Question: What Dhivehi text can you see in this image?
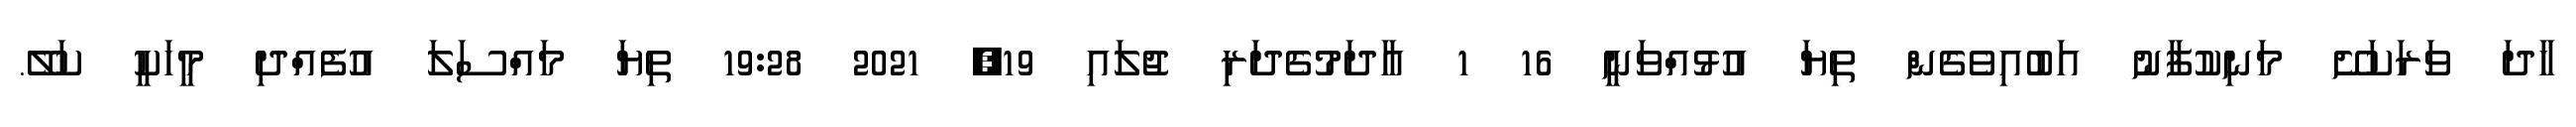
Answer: ހާދަ ވަރަކަށޭ މަނިކުފާނު އަބުއިވެގެން ތިޔަ އުޅުއްވަނީ 16 1 އާދަމުގެދަރި ޖުލައި 19, 2021 19:28 ތިޔަ މައްސަލަ އުފެއްދި މީހަކީ ކަލޭ.